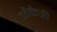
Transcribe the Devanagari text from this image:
मैकेरी